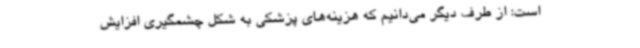
است: از طرف دیگر می‌دانیم که هزینه‌های پزشکی به شکل چشمگیری افزایش